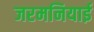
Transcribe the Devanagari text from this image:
जरमनियाई